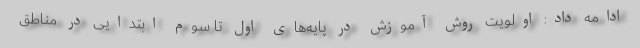
ادامه داد: اولویت روش آموزش در پایه‌های اول تا سوم ابتدایی در مناطق